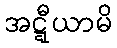
အဋ္ဋီယာမိ